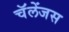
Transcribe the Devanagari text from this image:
चॅलेंजस